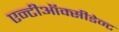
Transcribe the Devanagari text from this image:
एन्टीऑक्सीडेन्ट